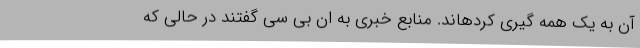
آن به یک همه گیری کردهاند. منابع خبری به ان بی سی گفتند در حالی که